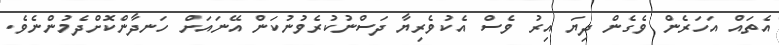
އެތައް އަހަރެން ވެގެން ދިޔަ އިރު ވެސް އެކުވެރިޔާ ދަސްނުކުރެވުނުކަން އޭނައަށް ހަނދާންކޮށްދެމުންނެވެ.